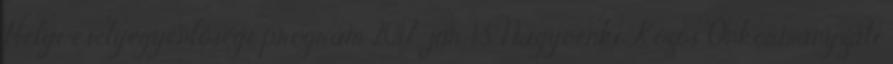
Helyi esélyegyenlőségi program 2017. jún. 13. Nagycenki Közös Önkormányzati